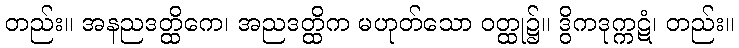
တည်း။ အနညဒတ္ထိကေ၊ အညဒတ္ထိက မဟုတ်သော ဝတ္ထု၌။ ဒွိကဒုက္ကဋံ၊ တည်း။